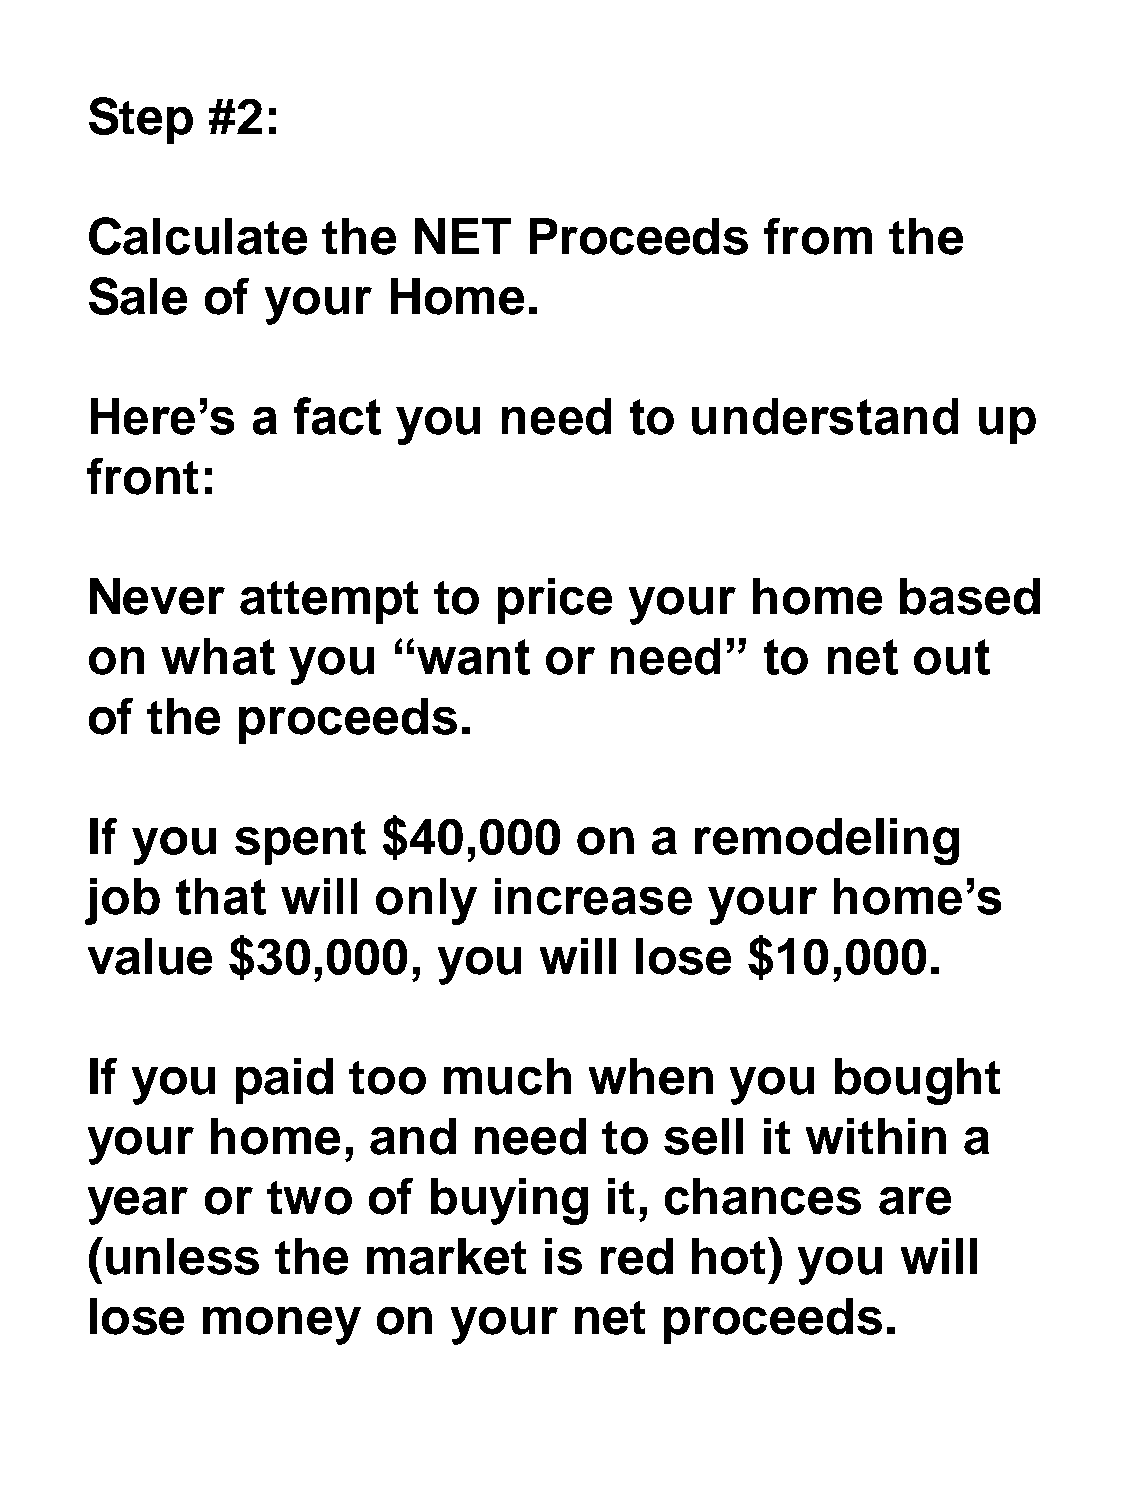
Step    #2:
 Calculate      the   NET     Proceeds        from    the
 Sale   of   your    Home.
 Here’s     a fact   you    need     to  understand         up
 front:
 Never     attempt      to  price    your    home     based
 on   what    you    “want     or  need”      to  net  out
 of  the   proceeds.
 If you   spent     $40,000      on   a  remodeling
 job   that   will  only    increase      your    home’s
 value    $30,000,      you    will  lose    $10,000.
 If you   paid    too   much      when     you    bought
 your    home,      and   need     to  sell  it within     a
 year    or  two   of  buying      it, chances       are
 (unless     the   market      is  red   hot)   you    will
 lose   money       on   your    net   proceeds.